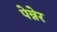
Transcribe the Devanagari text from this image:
पेन्नेर